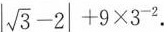
| \sqrt { 3 } - 2 | + 9 \times 3 ^ { - 2 }$$.